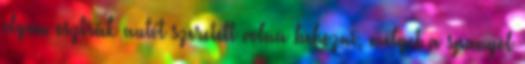
olyan osztrák autót szeretett volna behozni, melyet a spanyol